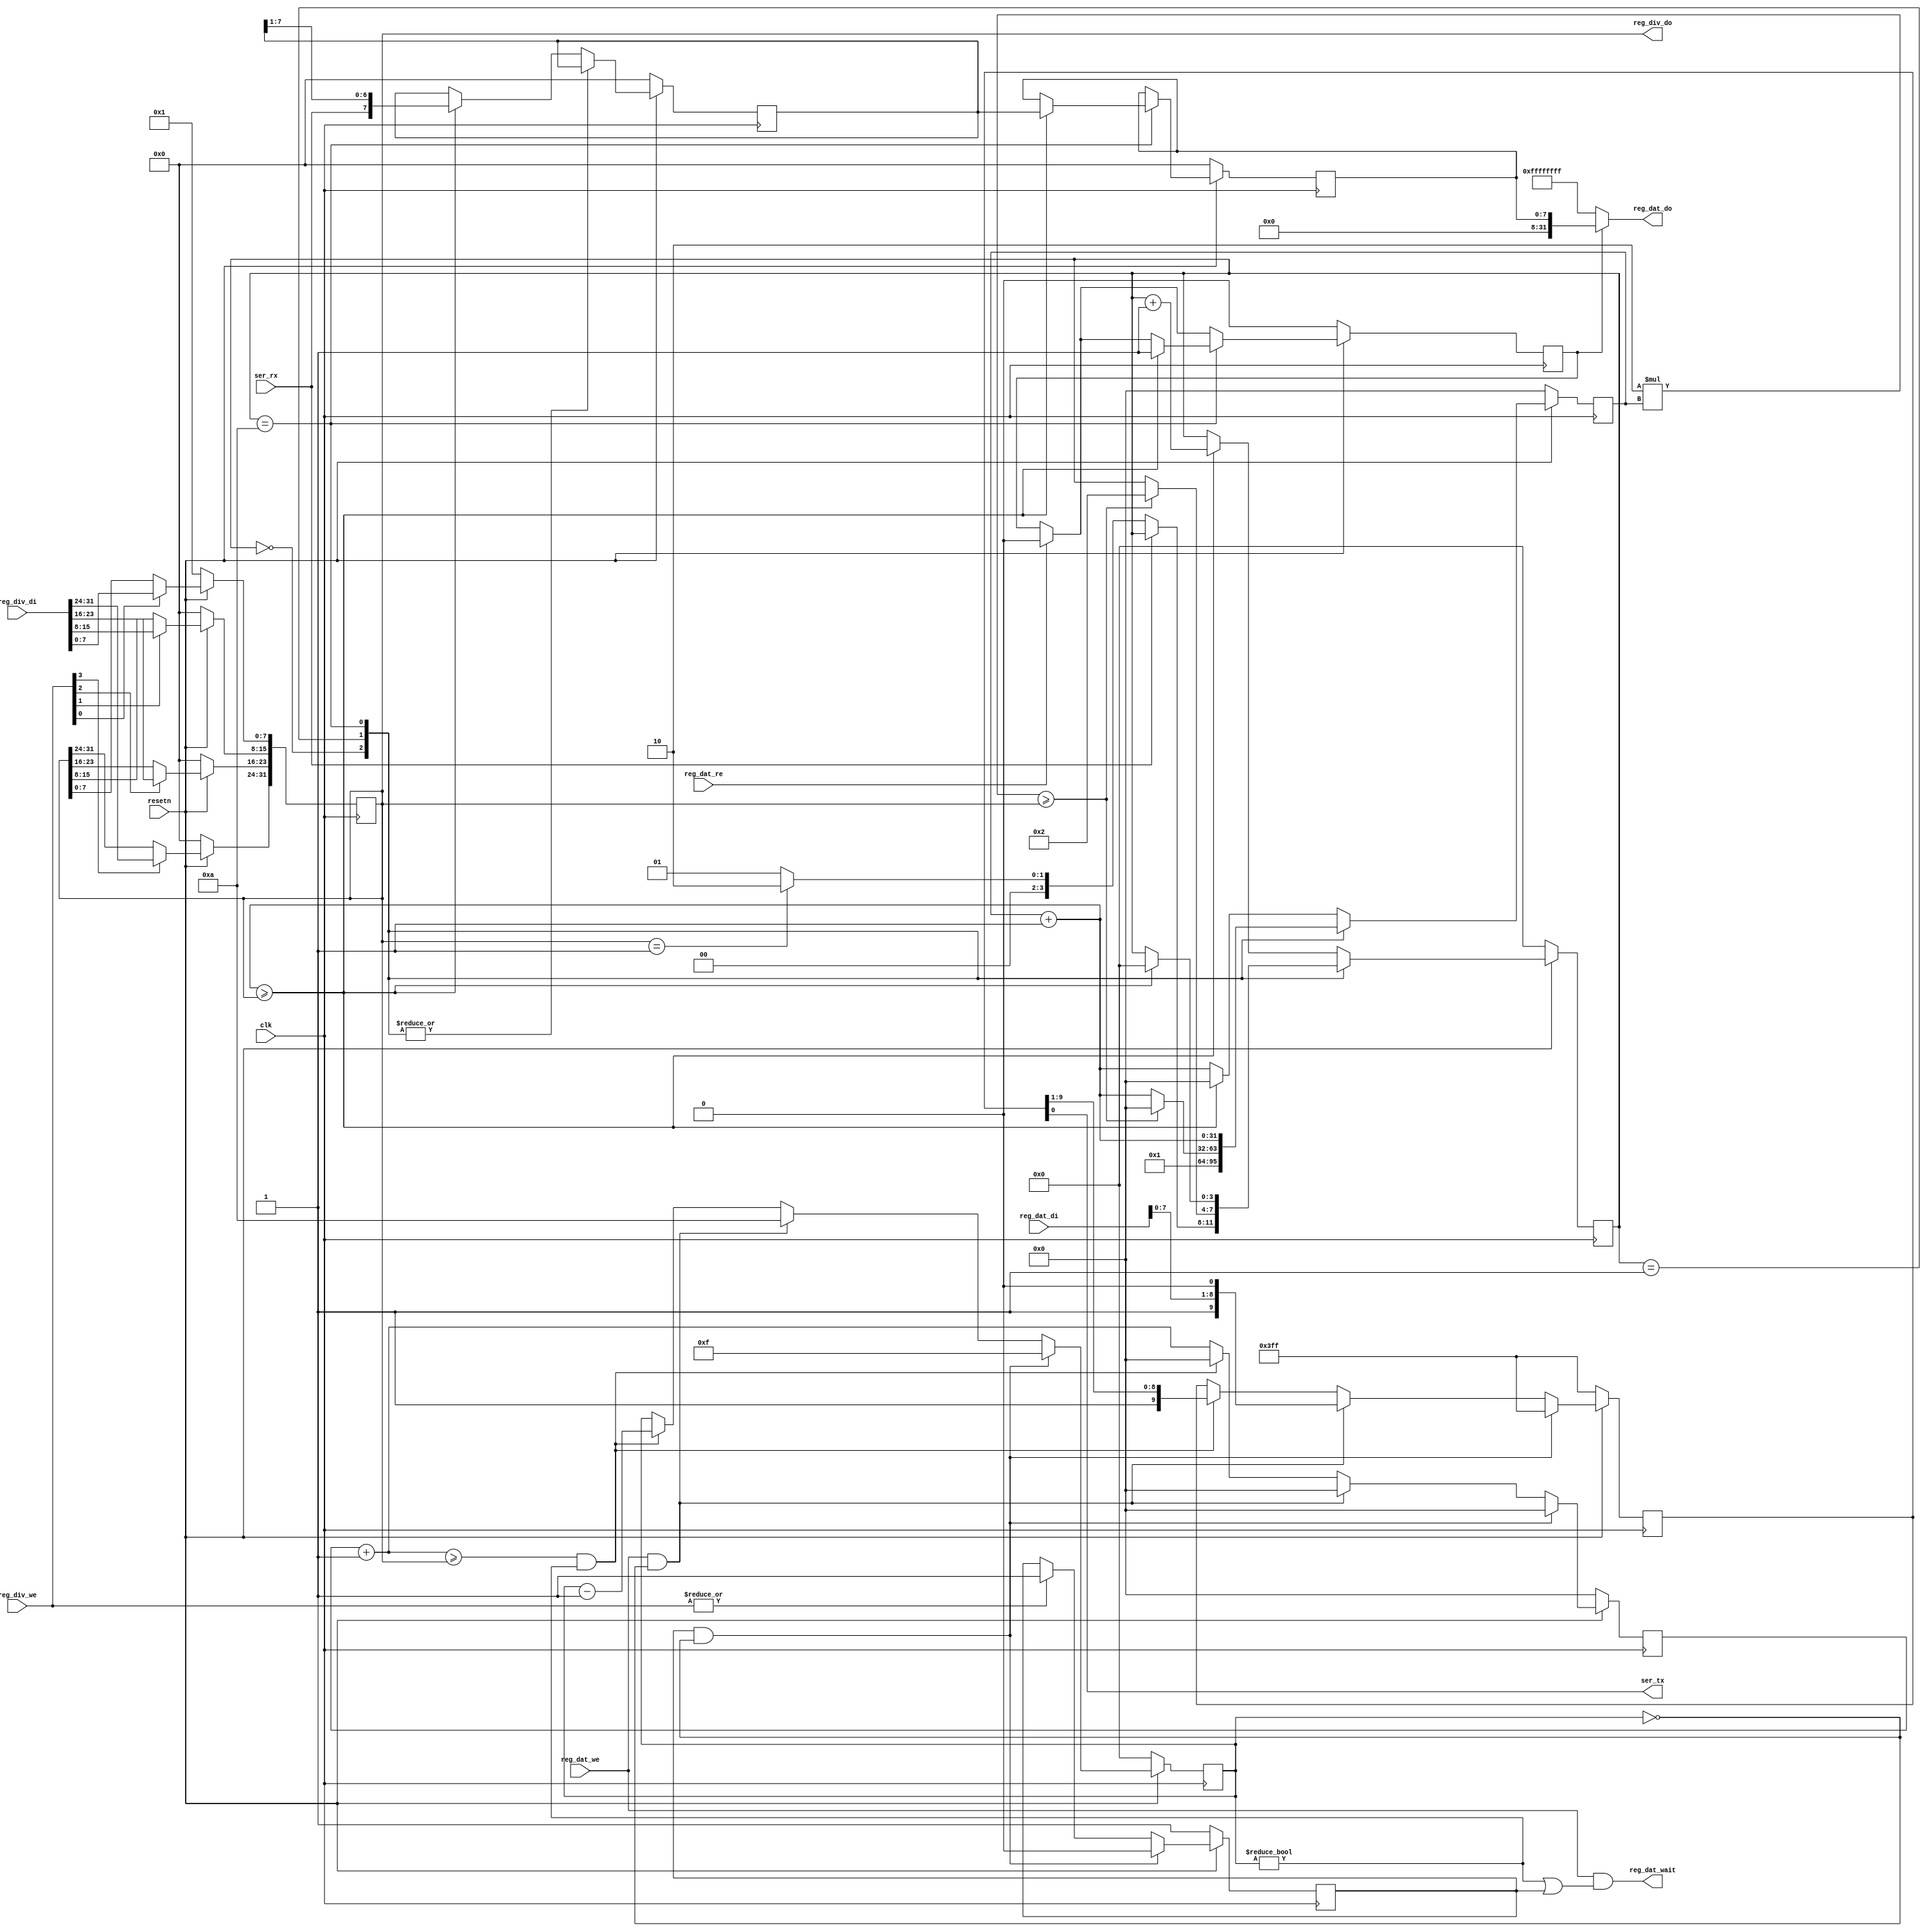
// This program was cloned from: https://github.com/anishathalye/notary
// License: MIT License

/*
 *  PicoSoC - A simple example SoC using PicoRV32
 *
 *  Copyright (C) 2017  Clifford Wolf <clifford@clifford.at>
 *
 *  Permission to use, copy, modify, and/or distribute this software for any
 *  purpose with or without fee is hereby granted, provided that the above
 *  copyright notice and this permission notice appear in all copies.
 *
 *  THE SOFTWARE IS PROVIDED "AS IS" AND THE AUTHOR DISCLAIMS ALL WARRANTIES
 *  WITH REGARD TO THIS SOFTWARE INCLUDING ALL IMPLIED WARRANTIES OF
 *  MERCHANTABILITY AND FITNESS. IN NO EVENT SHALL THE AUTHOR BE LIABLE FOR
 *  ANY SPECIAL, DIRECT, INDIRECT, OR CONSEQUENTIAL DAMAGES OR ANY DAMAGES
 *  WHATSOEVER RESULTING FROM LOSS OF USE, DATA OR PROFITS, WHETHER IN AN
 *  ACTION OF CONTRACT, NEGLIGENCE OR OTHER TORTIOUS ACTION, ARISING OUT OF
 *  OR IN CONNECTION WITH THE USE OR PERFORMANCE OF THIS SOFTWARE.
 *
 */

module simpleuart #(parameter integer DEFAULT_DIV = 1) (
	input clk,
	input resetn,

	output ser_tx,
	input  ser_rx,

	input   [3:0] reg_div_we,
	input  [31:0] reg_div_di,
	output [31:0] reg_div_do,

	input         reg_dat_we,
	input         reg_dat_re,
	input  [31:0] reg_dat_di,
	output [31:0] reg_dat_do,
	output        reg_dat_wait
);
	reg [31:0] cfg_divider;

	reg [3:0] recv_state;
	reg [31:0] recv_divcnt;
	reg [7:0] recv_pattern;
	reg [7:0] recv_buf_data;
	reg recv_buf_valid;

	reg [9:0] send_pattern;
	reg [3:0] send_bitcnt;
	reg [31:0] send_divcnt;
	reg send_dummy;

	assign reg_div_do = cfg_divider;

	assign reg_dat_wait = reg_dat_we && (send_bitcnt != 4'h0 || send_dummy);
	assign reg_dat_do = recv_buf_valid ? {24'h0, recv_buf_data} : ~0;

	always @(posedge clk) begin
		if (!resetn) begin
			cfg_divider <= DEFAULT_DIV;
		end else begin
			if (reg_div_we[0]) cfg_divider[ 7: 0] <= reg_div_di[ 7: 0];
			if (reg_div_we[1]) cfg_divider[15: 8] <= reg_div_di[15: 8];
			if (reg_div_we[2]) cfg_divider[23:16] <= reg_div_di[23:16];
			if (reg_div_we[3]) cfg_divider[31:24] <= reg_div_di[31:24];
		end
	end

	always @(posedge clk) begin
		if (!resetn) begin
			recv_state <= 0;
			recv_divcnt <= 0;
			recv_pattern <= 0;
			recv_buf_data <= 0;
			recv_buf_valid <= 0;
		end else begin
			recv_divcnt <= recv_divcnt + 1;
			if (reg_dat_re)
				recv_buf_valid <= 0;
			case (recv_state)
				0: begin
					if (!ser_rx)
						recv_state <= cfg_divider == 32'h1 ? 2 : 1;
					recv_divcnt <= 1;
				end
				1: begin
					if (2*recv_divcnt >= cfg_divider) begin
						recv_state <= 2;
						recv_divcnt <= 0;
					end
				end
				10: begin
					if (recv_divcnt + 1 >= cfg_divider) begin
						recv_buf_data <= recv_pattern;
						recv_buf_valid <= 1;
						recv_state <= 0;
					end
				end
				default: begin
					if (recv_divcnt + 1 >= cfg_divider) begin
						recv_pattern <= {ser_rx, recv_pattern[7:1]};
						recv_state <= recv_state + 1;
						recv_divcnt <= 0;
					end
				end
			endcase
		end
	end

	assign ser_tx = send_pattern[0];

	always @(posedge clk) begin
		if (| reg_div_we)
			send_dummy <= 1;
		send_divcnt <= send_divcnt + 1;
		if (!resetn) begin
			send_pattern <= ~0;
			send_bitcnt <= 0;
			send_divcnt <= 0;
			send_dummy <= 1;
		end else begin
			if (send_dummy && send_bitcnt == 4'h0) begin
				send_pattern <= ~0;
				send_bitcnt <= 15;
				send_divcnt <= 0;
				send_dummy <= 0;
			end else
			if (reg_dat_we && send_bitcnt == 4'h0) begin
				send_pattern <= {1'b1, reg_dat_di[7:0], 1'b0};
				send_bitcnt <= 10;
				send_divcnt <= 0;
			end else
			if (send_divcnt + 1 >= cfg_divider && send_bitcnt != 4'h0) begin
				send_pattern <= {1'b1, send_pattern[9:1]};
				send_bitcnt <= send_bitcnt - 1;
				send_divcnt <= 0;
			end
		end
	end
endmodule